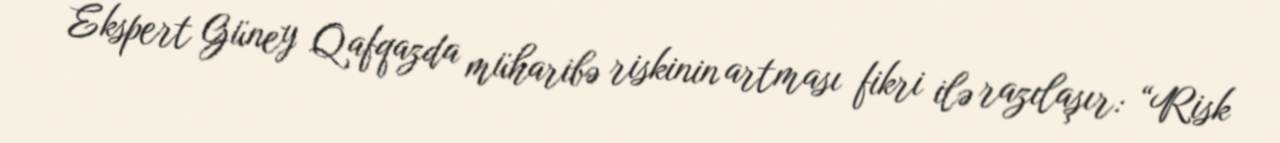
Ekspert Güney Qafqazda müharibə riskinin artması fikri ilə razılaşır: “Risk